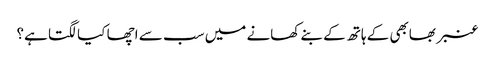
عنبر بھابھی کے ہاتھ کے بنے کھانے میں سب سے اچھا کیا لگتا ہے؟